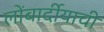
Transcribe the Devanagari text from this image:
लोंबार्दीयाची